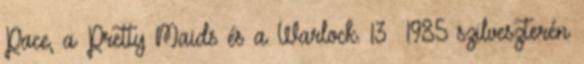
Pace, a Pretty Maids és a Warlock. 13 1985 szilveszterén